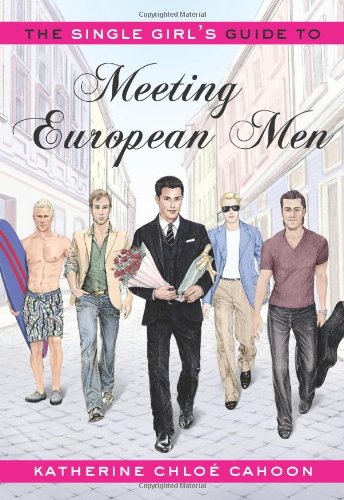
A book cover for The Single Girl's Guide to Meeting European Men; Katherine ChloÃ© Cahoon; Travel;